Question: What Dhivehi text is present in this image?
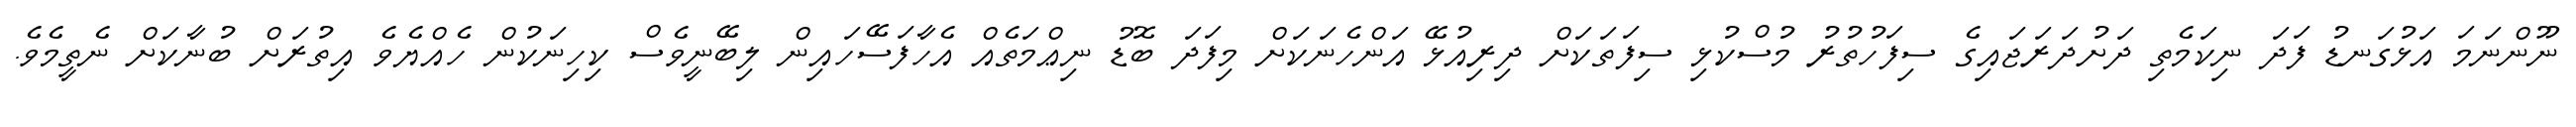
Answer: ނޫންނަމަ އަޅުގަނޑު ފަދަ ނިކަމެތި ދަށުދަރަޖައިގެ ސިފަހުތުރު މުސްކުޅި ސިފަތަކަށް ދިރިއުޅޭ އަންހެނަކަށް މިފަދަ ބޮޑު ނިޢްމަތެއް އެހާފަސޭހައިން ލިބޭނީވެސް ކިހިނަކުން ހެއްޔެވެ އިތުރަށް ބުނާކަށް ނެތީމެވެ.